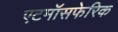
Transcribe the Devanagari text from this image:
एटमॉसफेरिक